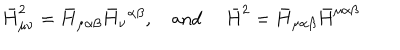
\bar { H } _ { \mu \nu } ^ { 2 } = \bar { H } _ { \mu \alpha \beta } \bar { H } _ { \nu } { } ^ { \alpha \beta } , \mathrm { a n d } \ \bar { H } ^ { 2 } = \bar { H } _ { \mu \alpha \beta } \bar { H } ^ { \mu \alpha \beta }